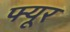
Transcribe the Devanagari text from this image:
फ्यूर